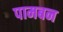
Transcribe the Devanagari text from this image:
पामबन